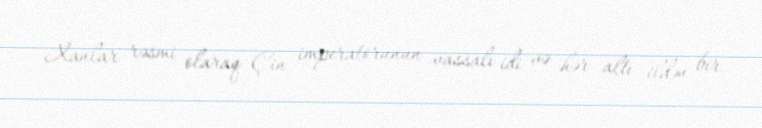
Xanlar rəsmi olaraq Çin imperatorunun vassalı idi və hər altı ildən bir